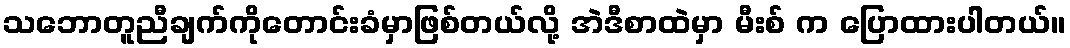
သဘောတူညီချက်ကိုတောင်းခံမှာဖြစ်တယ်လို့ အဲဒီစာထဲမှာ မီးစ် က ပြောထားပါတယ်။